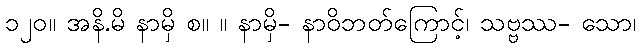
၁၂၀။ အနိ.မိ နာမှိ စ။ ။ နာမှိ- နာဝိဘတ်ကြောင့်၊ သဗ္ဗဿ- သော၊